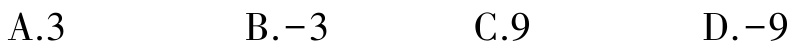
A.3  B.-3  C.9  D.-9